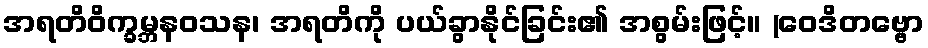
အရတိဝိက္ခမ္ဘနဝသန၊ အရတိကို ပယ်ခွာနိုင်ခြင်း၏ အစွမ်းဖြင့်။ (ဝေဒိတဗ္ဗော